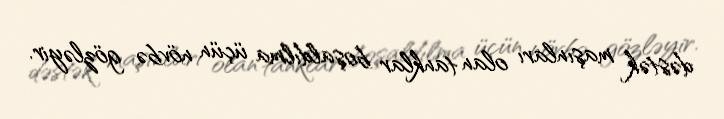
dəstək maşınları olan tanklar boşaldılma üçün növbə gözləyir.